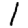
Digit: 1